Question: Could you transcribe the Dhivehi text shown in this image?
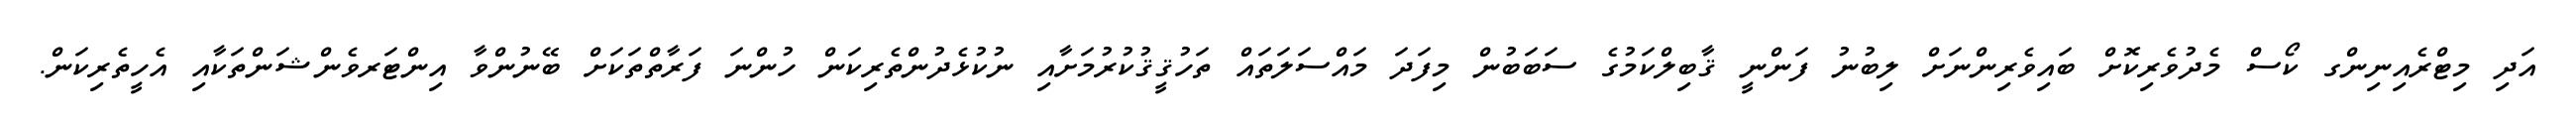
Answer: އަދި މިޓްރެއިނިންގ ކޯސް މެދުވެރިކޮށް ބައިވެރިންނަށް ލިބުނު ފަންނީ ޤާބިލްކަމުގެ ސަބަބުން މިފަދަ މައްސަލަތައް ތަހުޤީޤުކުރުމަށާއި ނުކުޅެދުންތެރިކަން ހުންނަ ފަރާތްތަކަށް ބޭނުންވާ އިންޓަރވެންޝަންތަކާއި އެހީތެރިކަން.